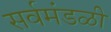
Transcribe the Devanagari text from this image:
सर्वमंडळी